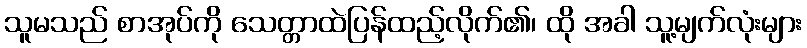
သူမသည် စာအုပ်ကို သေတ္တာထဲပြန်ထည့်လိုက်၏၊ ထို အခါ သူ့မျက်လုံးများ